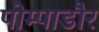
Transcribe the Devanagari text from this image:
पोम्पाडौर